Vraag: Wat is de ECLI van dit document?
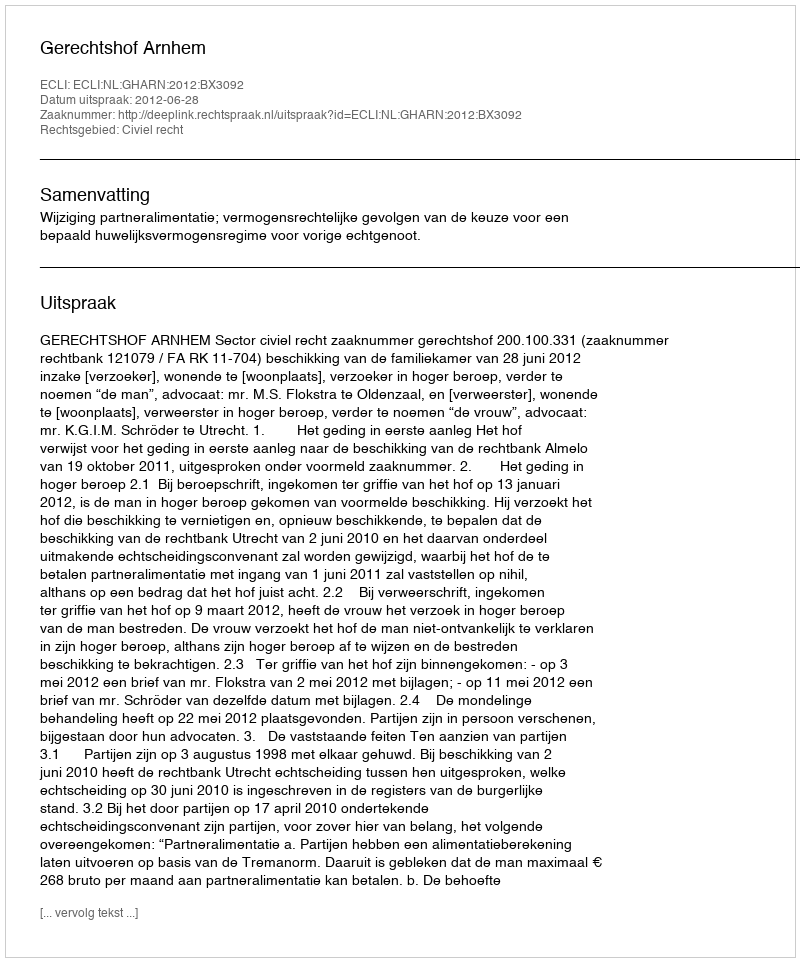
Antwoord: ECLI:NL:GHARN:2012:BX3092